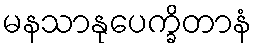
မနသာနုပေက္ခိတာနံ